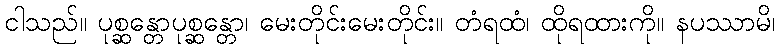
ငါသည်။ ပုစ္ဆန္တောပုစ္ဆန္တော၊ မေးတိုင်းမေးတိုင်း။ တံရထံ၊ ထိုရထားကို။ နပဿာမိ၊